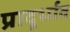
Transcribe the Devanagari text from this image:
प्रादूर्भाव